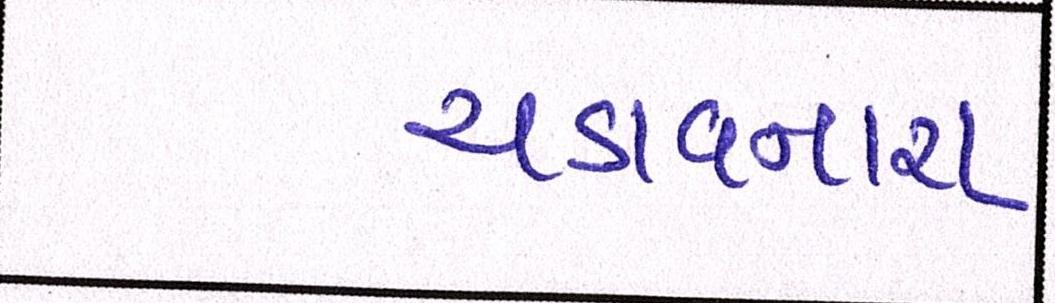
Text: ચડાવનારા